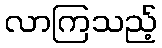
လာကြသည့်